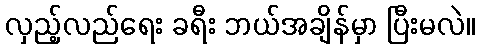
လှည့်လည်ရေး ခရီး ဘယ်အချိန်မှာ ပြီးမလဲ။